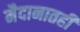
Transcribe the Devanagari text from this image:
मैदानातही